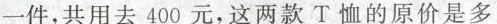
一件，共用去400元，这两款T恤的原价是多